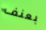
بعنف